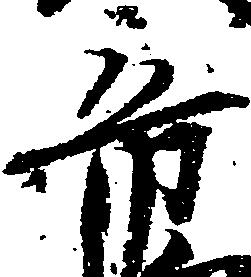
帝